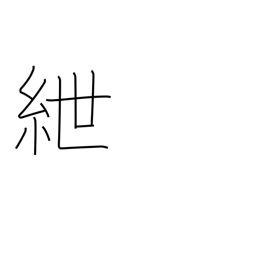
Meaning: fetters